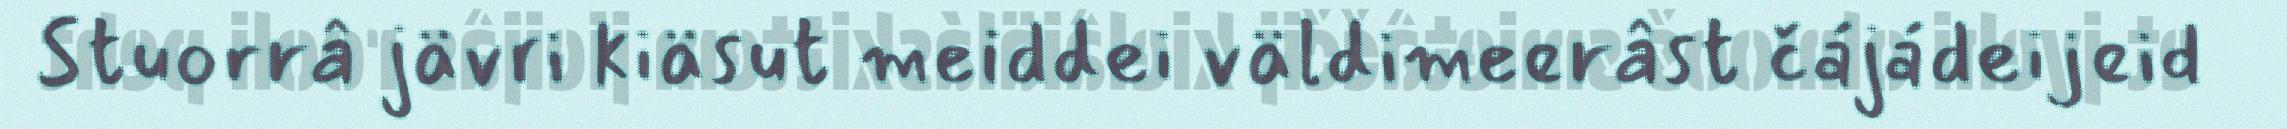
Stuorrâ jävri kiäsut meiddei väldimeerâst čájádeijeid